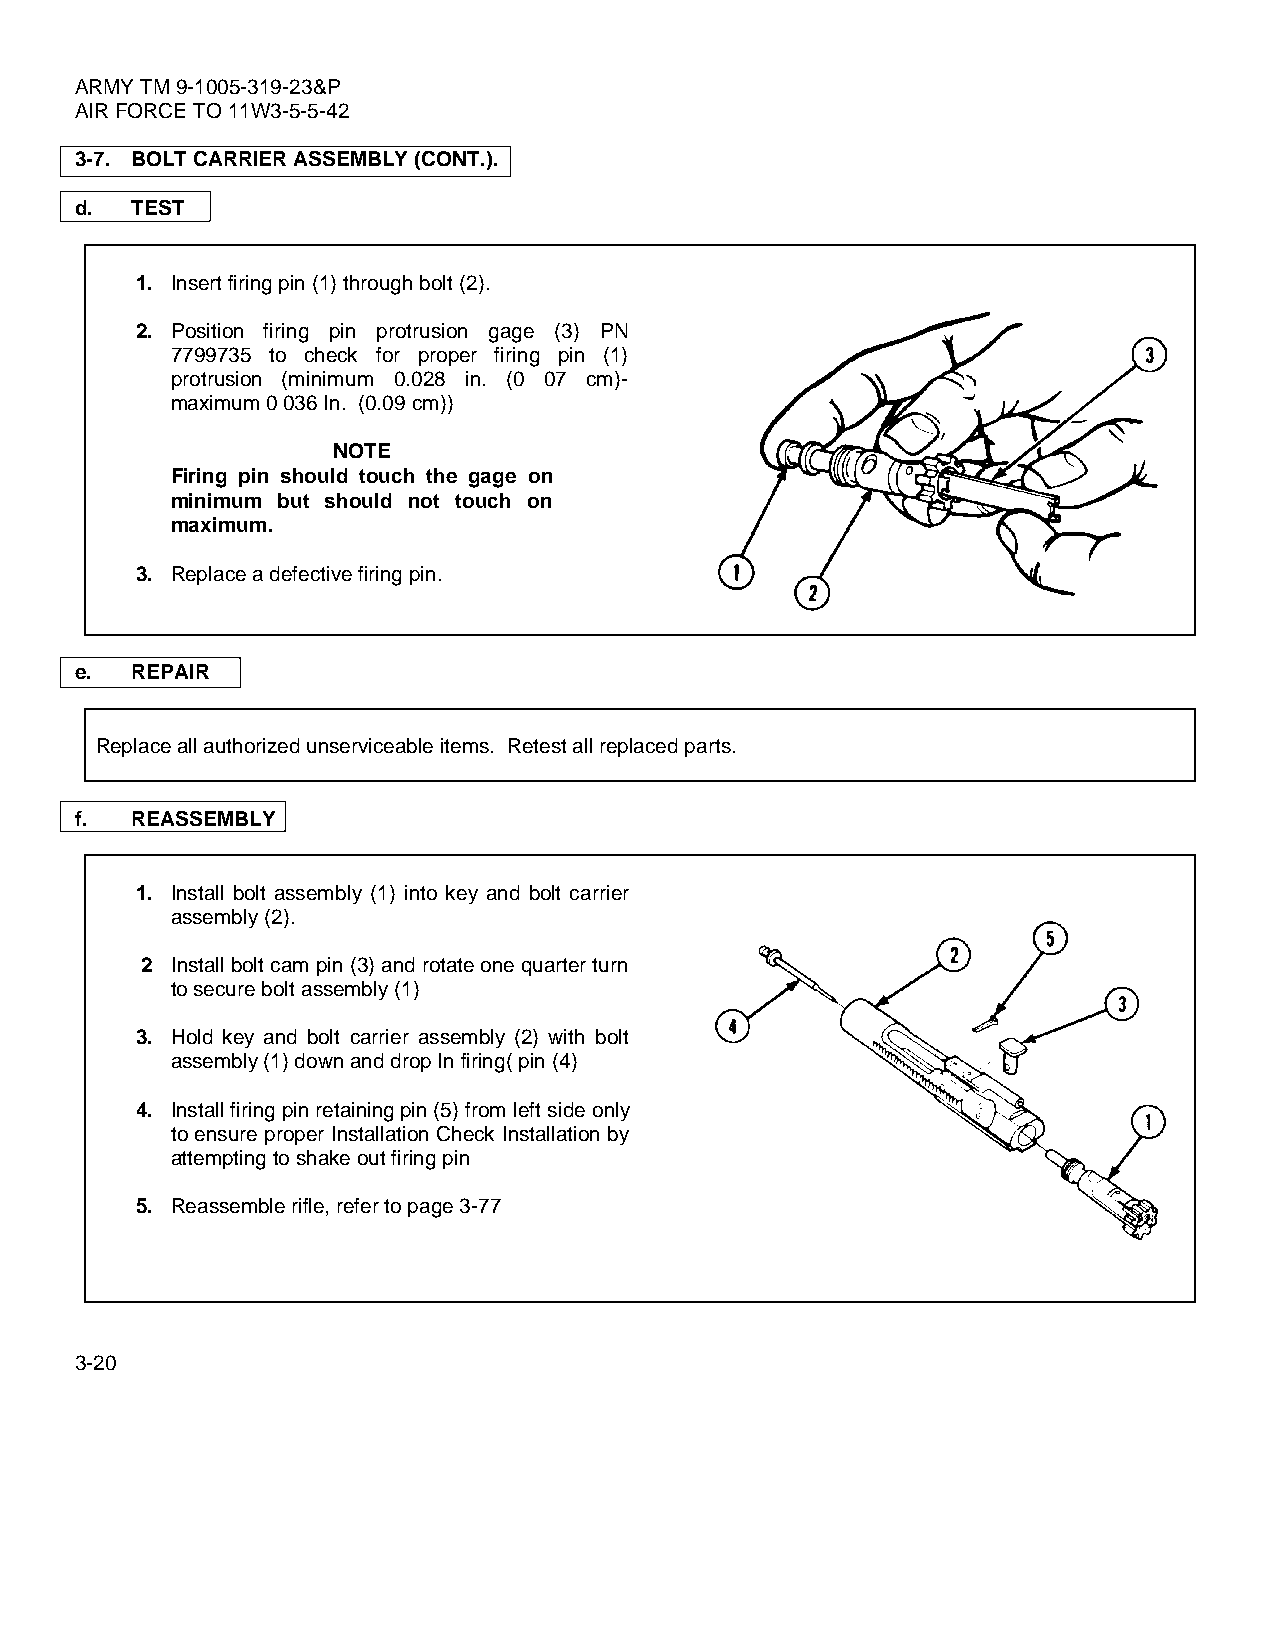
ARMY TM 9-1005-319-23&P
 AIR FORCE TO 11W3-5-5-42
 3-7. BOLT CARRIER ASSEMBLY (CONT.).
 d.  TEST
 1. Insert firing pin (1) through bolt (2).
 2. Position firing pin protrusion gage (3) PN
 7799735 to check for proper firing pin (1)
 protrusion (minimum 0.028 in. (0 07 cm)-
 maximum 0 036 In. (0.09 cm))
 NOTE
 Firing pin should touch the gage on
 minimum but should not touch on
 maximum.
 3. Replace a defective firing pin.
 e.  REPAIR
 Replace all authorized unserviceable items. Retest all replaced parts.
 f.  REASSEMBLY
 1. Install bolt assembly (1) into key and bolt carrier
 assembly (2).
 2 Install bolt cam pin (3) and rotate one quarter turn
 to secure bolt assembly (1)
 3. Hold key and bolt carrier assembly (2) with bolt
 assembly (1) down and drop In firing( pin (4)
 4. Install firing pin retaining pin (5) from left side only
 to ensure proper Installation Check Installation by
 attempting to shake out firing pin
 5. Reassemble rifle, refer to page 3-77
 3-20